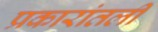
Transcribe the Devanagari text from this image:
प्रकारांतली